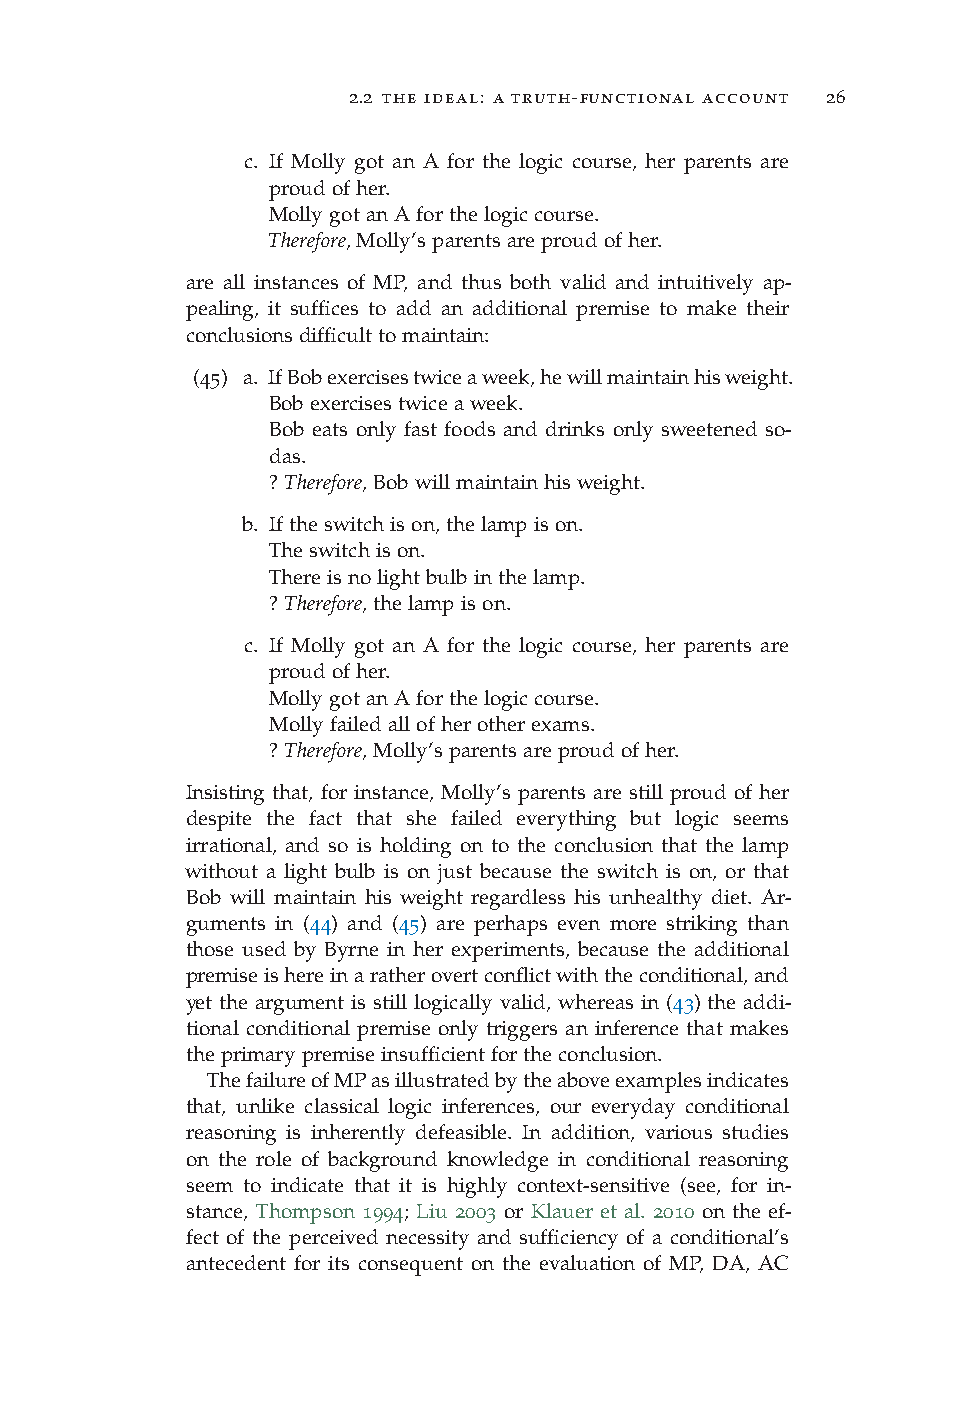
2.2 the ideal: a truth-functional account 26
 c. If Molly got an A for the logic course, her parents are
 proudofher.
 MollygotanAforthelogiccourse.
 Therefore,Molly’sparentsareproudofher.
 are all instances of MP, and thus both valid and intuitively ap-
 pealing, it suffices to add an additional premise to make their
 conclusionsdifficulttomaintain:
 (45) a. IfBobexercisestwiceaweek,hewillmaintainhisweight.
 Bobexercisestwiceaweek.
 Bob eats only fast foods and drinks only sweetened so-
 das.
 ?Therefore,Bobwillmaintainhisweight.
 b. Iftheswitchison,thelampison.
 Theswitchison.
 Thereisnolightbulbinthelamp.
 ?Therefore,thelampison.
 c. If Molly got an A for the logic course, her parents are
 proudofher.
 MollygotanAforthelogiccourse.
 Mollyfailedallofherotherexams.
 ?Therefore,Molly’sparentsareproudofher.
 Insisting that, for instance, Molly’s parents are still proud of her
 despite the fact that she failed everything but logic seems
 irrational, and so is holding on to the conclusion that the lamp
 without a light bulb is on just because the switch is on, or that
 Bob will maintain his weight regardless his unhealthy diet. Ar-
 guments in (44) and (45) are perhaps even more striking than
 those used by Byrne in her experiments, because the additional
 premiseishereinaratherovertconflictwiththeconditional,and
 yet the argument is still logically valid, whereas in (43) the addi-
 tional conditional premise only triggers an inference that makes
 theprimarypremiseinsufficientfortheconclusion.
 ThefailureofMPasillustratedbytheaboveexamplesindicates
 that, unlike classical logic inferences, our everyday conditional
 reasoning is inherently defeasible. In addition, various studies
 on the role of background knowledge in conditional reasoning
 seem to indicate that it is highly context-sensitive (see, for in-
 stance, Thompson 1994; Liu 2003 or Klauer et al. 2010 on the ef-
 fect of the perceived necessity and sufficiency of a conditional’s
 antecedent for its consequent on the evaluation of MP, DA, AC